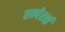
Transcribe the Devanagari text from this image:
एम्पेरर्स